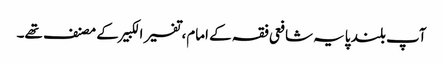
آپ بلند پایہ شافعی فقہ کے امام، تفسیر الکبیر کے مصنف تھے۔